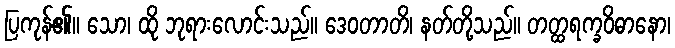
ပြကုန်၏။ သော၊ ထို ဘုရားလောင်းသည်။ ဒေဝတာတိ၊ နတ်တို့သည်။ တတ္ထရက္ခဝိဓာနော၊